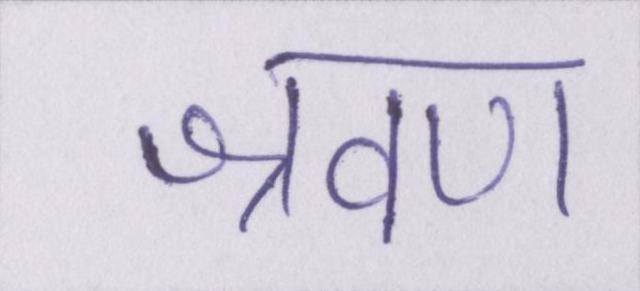
श्रवण